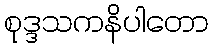
စုဒ္ဒသကနိပါတော